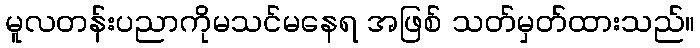
မူလတန်းပညာကိုမသင်မနေရ အဖြစ် သတ်မှတ်ထားသည်။